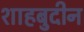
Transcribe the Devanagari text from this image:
शाहबुदीन